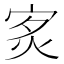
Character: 𤇵